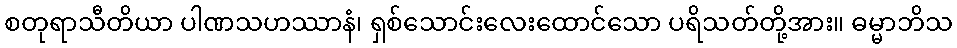
စတုရာသီတိယာ ပါဏသဟဿာနံ၊ ရှစ်သောင်းလေးထောင်သော ပရိသတ်တို့အား။ ဓမ္မာဘိသ